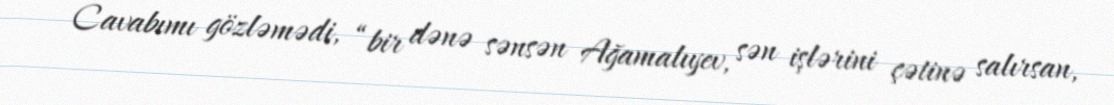
Cavabımı gözləmədi, “bir dənə sənsən Ağamalıyev, sən işlərini çətinə salırsan,